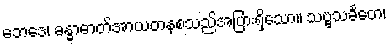
ဘေဒေ၊ ခန္ဓာဓာတ်အာယတနစသည်အပြားရှိသော။ သဗ္ဗသင်္ခတေ၊